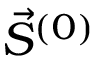
\vec { S } ^ { ( 0 ) }